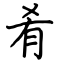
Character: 肴